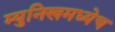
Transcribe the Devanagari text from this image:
म्युनिखमध्येच